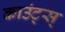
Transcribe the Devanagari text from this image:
काउंट्स्